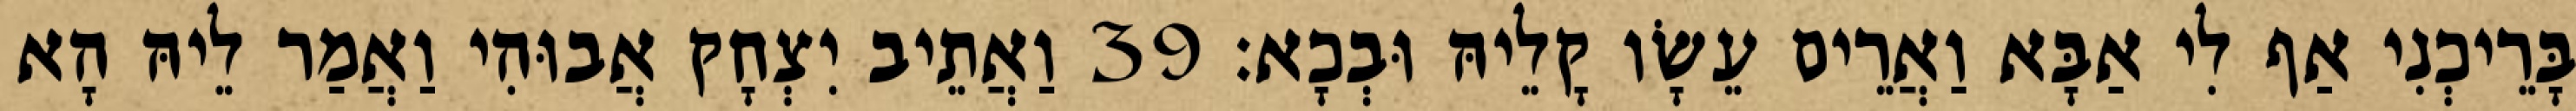
בָּרֵיכְנִי אַף לִי אַבָּא וַאֲרֵים עֵשָׂו קָלֵיהּ וּבְכָא׃ 39 וַאֲתֵיב יִצְחָק אֲבוּהִי וַאֲמַר לֵיהּ הָא